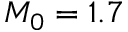
M _ { 0 } = 1 . 7